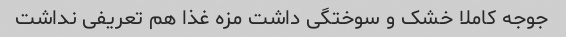
جوجه کاملا خشک و سوختگی داشت مزه غذا هم تعریفی نداشت